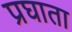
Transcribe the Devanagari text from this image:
प्रघाता